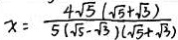
x = \frac { 4 \sqrt { 5 } ( \sqrt { 5 } + \sqrt { 3 } ) } { 5 ( \sqrt { 5 } - \sqrt { 3 } ) ( \sqrt { 5 } + \sqrt { 3 } ) }